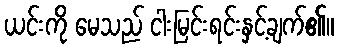
ယင်းကို မေသည် ငါးမြင်းရင်းနှင့်ချက်၏။